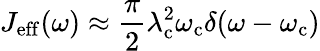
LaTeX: J_{\mathrm{eff}}(\omega)\approx\frac{\pi}{2}\lambda_{\mathrm{c}}^{2}\omega_{\mathrm{c}}\delta(\omega-\omega_{\mathrm{c}})